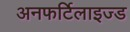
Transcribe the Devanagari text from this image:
अनफर्टिलाइज्ड